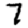
Digit: 7